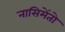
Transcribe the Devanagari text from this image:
नासिमेंतो